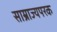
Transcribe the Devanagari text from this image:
साम्राज्यपरक